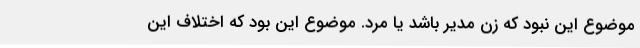
موضوع این نبود که زن مدیر باشد یا مرد. موضوع این بود که اختلاف این